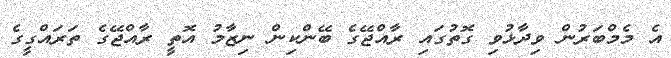
އެ މެމްބަރުން ވިދާޅުވި ގޮތުގައި ރާއްޖޭގެ ބޭންކިން ނިޒާމު އޮތީ ރާއްޖޭގެ ތަރައްގީގެ